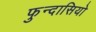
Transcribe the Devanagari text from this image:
फुन्दासियो